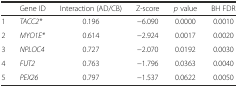
<table><thead><tr><td></td><td><b>Gene ID</b></td><td><b>Interaction (AD/CB)</b></td><td><b>Z-score</b></td><td><b><i>p</i> value</b></td><td><b>BH FDR</b></td></tr></thead><tbody><tr><td>1</td><td><i>TACC2*</i></td><td>0.196</td><td>−6.090</td><td>0.0000</td><td>0.0010</td></tr><tr><td>2</td><td><i>MYO1E*</i></td><td>0.614</td><td>−2.924</td><td>0.0017</td><td>0.0020</td></tr><tr><td>3</td><td><i>NPLOC4</i></td><td>0.727</td><td>−2.070</td><td>0.0192</td><td>0.0030</td></tr><tr><td>4</td><td><i>FUT2</i></td><td>0.763</td><td>−1.796</td><td>0.0363</td><td>0.0040</td></tr><tr><td>5</td><td><i>PEX26</i></td><td>0.797</td><td>−1.537</td><td>0.0622</td><td>0.0050</td></tr></tbody></table>